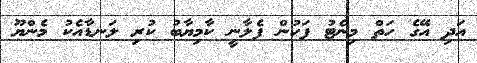
އަދި އޭގެ ހަތް މިނެޓު ފަހުން ފެލާނީ ކާމިޔާބު ކުރި ލަނޑާއެކު މެންޔޫ